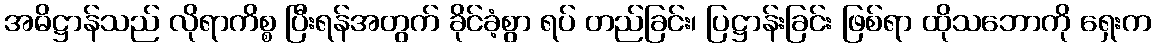
အဓိဋ္ဌာန်သည် လိုရာကိစ္စ ပြီးရန်အတွက် ခိုင်ခံ့စွာ ရပ် တည်ခြင်း၊ ပြဋ္ဌာန်းခြင်း ဖြစ်ရာ ထိုသဘောကို ရှေးက